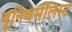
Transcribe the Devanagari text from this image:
यूनिवर्सलिस्ट